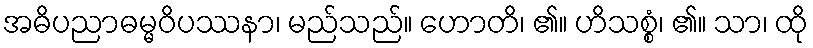
အဓိပညာဓမ္မဝိပဿနာ၊ မည်သည်။ ဟောတိ၊ ၏။ ဟိသစ္စံ၊ ၏။ သာ၊ ထို